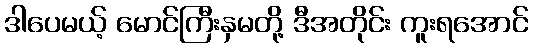
ဒါပေမယ့် မောင်ကြီးနှမတို့ ဒီအတိုင်း ကူးရအောင်